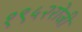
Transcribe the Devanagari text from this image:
१९५२रोजी